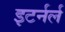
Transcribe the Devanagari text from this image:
इटर्नर्ल